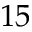
1 5